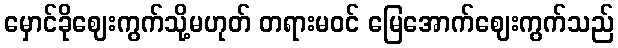
မှောင်ခိုဈေးကွက်သို့မဟုတ် တရားမဝင် မြေအောက်ဈေးကွက်သည်